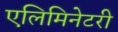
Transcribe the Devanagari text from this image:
एलिमिनेटरी